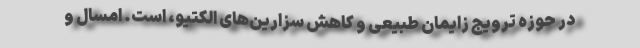
در حوزه ترویج زایمان طبیعی و کاهش سزارین‌های الکتیو، است. امسال و